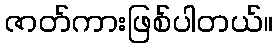
ဇာတ်ကားဖြစ်ပါတယ်။